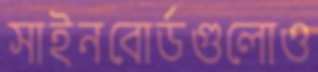
সাইনবোর্ডগুলোও